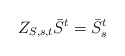
\begin{align*}Z_{S,s,t}\bar{S}^{t}=\bar{S}^{t}_{s}\end{align*}